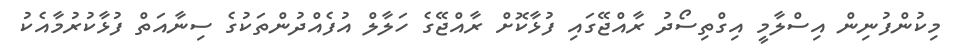
މިކުންފުނިން އިސްލާމީ އިގްތިސޯދު ރާއްޖޭގައި ފުޅާކޮށް ރާއްޖޭގެ ހަލާލް އުފެއްދުންތަކުގެ ސިނާއަތް ފުޅާކުރުމާއެކު